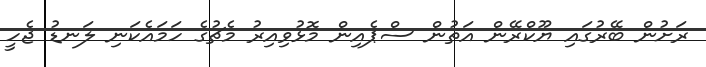
ރަށުން ބޭރުގައި ޔޫކްރޭން އަތުން ސްޕެއިން މޮޅުވިއިރު މެޗުގެ ހަމައެކަނި ލަނޑު ޖެހީ